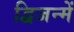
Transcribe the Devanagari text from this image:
द्विजन्में